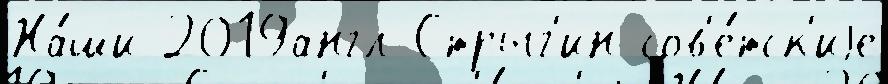
На́ши 2019англ Стрыг'ин сов'е́тск'иjе